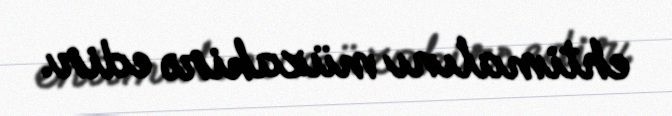
ehtimalını müzakirə edir.